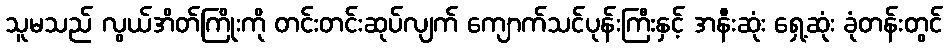
သူမသည် လွယ်အိတ်ကြိုးကို တင်းတင်းဆုပ်လျက် ကျောက်သင်ပုန်းကြီးနှင့် အနီးဆုံး ရှေ့ဆုံး ခုံတန်းတွင်